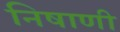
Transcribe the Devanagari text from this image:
निषाणी